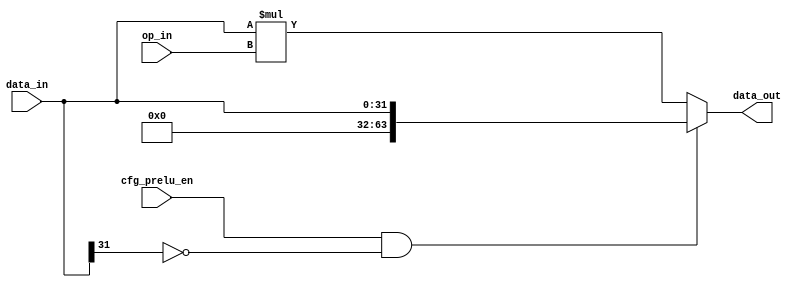
module NV_NVDLA_SDP_HLS_prelu (
   cfg_prelu_en
  ,data_in
  ,op_in
  ,data_out
  );
parameter IN_WIDTH = 32;
parameter OP_WIDTH = 32;
parameter OUT_WIDTH = 64;
input cfg_prelu_en;
input [IN_WIDTH-1:0] data_in;
input [OP_WIDTH-1:0] op_in;
output [OUT_WIDTH-1:0] data_out;
reg [OUT_WIDTH-1:0] data_out;
wire data_in_sign;
// synoff nets
// monitor nets
// debug nets
// tie high nets
// tie low nets
// no connect nets
// not all bits used nets
// todo nets
assign data_in_sign = data_in[IN_WIDTH-1];
always @(
  cfg_prelu_en
  or data_in_sign
  or data_in
  or op_in
  ) begin
   if (cfg_prelu_en & !data_in_sign)
      data_out[((OUT_WIDTH) - 1):0] = {{(OUT_WIDTH-IN_WIDTH){1'b0}},data_in[IN_WIDTH-1:0]};
   else
      data_out[((OUT_WIDTH) - 1):0] = $signed(data_in[((IN_WIDTH) - 1):0]) * $signed(op_in[((OP_WIDTH) - 1):0]);
end
endmodule